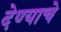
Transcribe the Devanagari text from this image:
देण्‍याचे